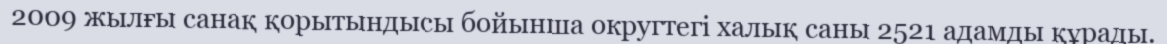
2009 жылғы санақ қорытындысы бойынша округтегі халық саны 2521 адамды құрады.